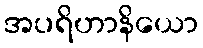
အပရိဟာနိယော